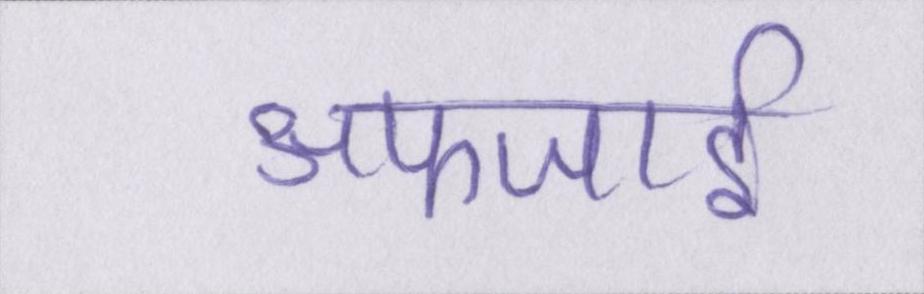
अफजाई